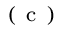
^ \mathrm { ~ ( ~ c ~ ) ~ }